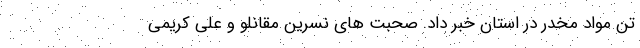
تن مواد مخدر در استان خبر داد. صحبت های نسرین مقانلو و علی کریمی